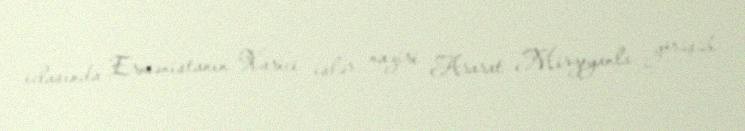
iclasında Ermənistanın Xarici işlər naziri Ararat Mirzoyanla görüşüb.